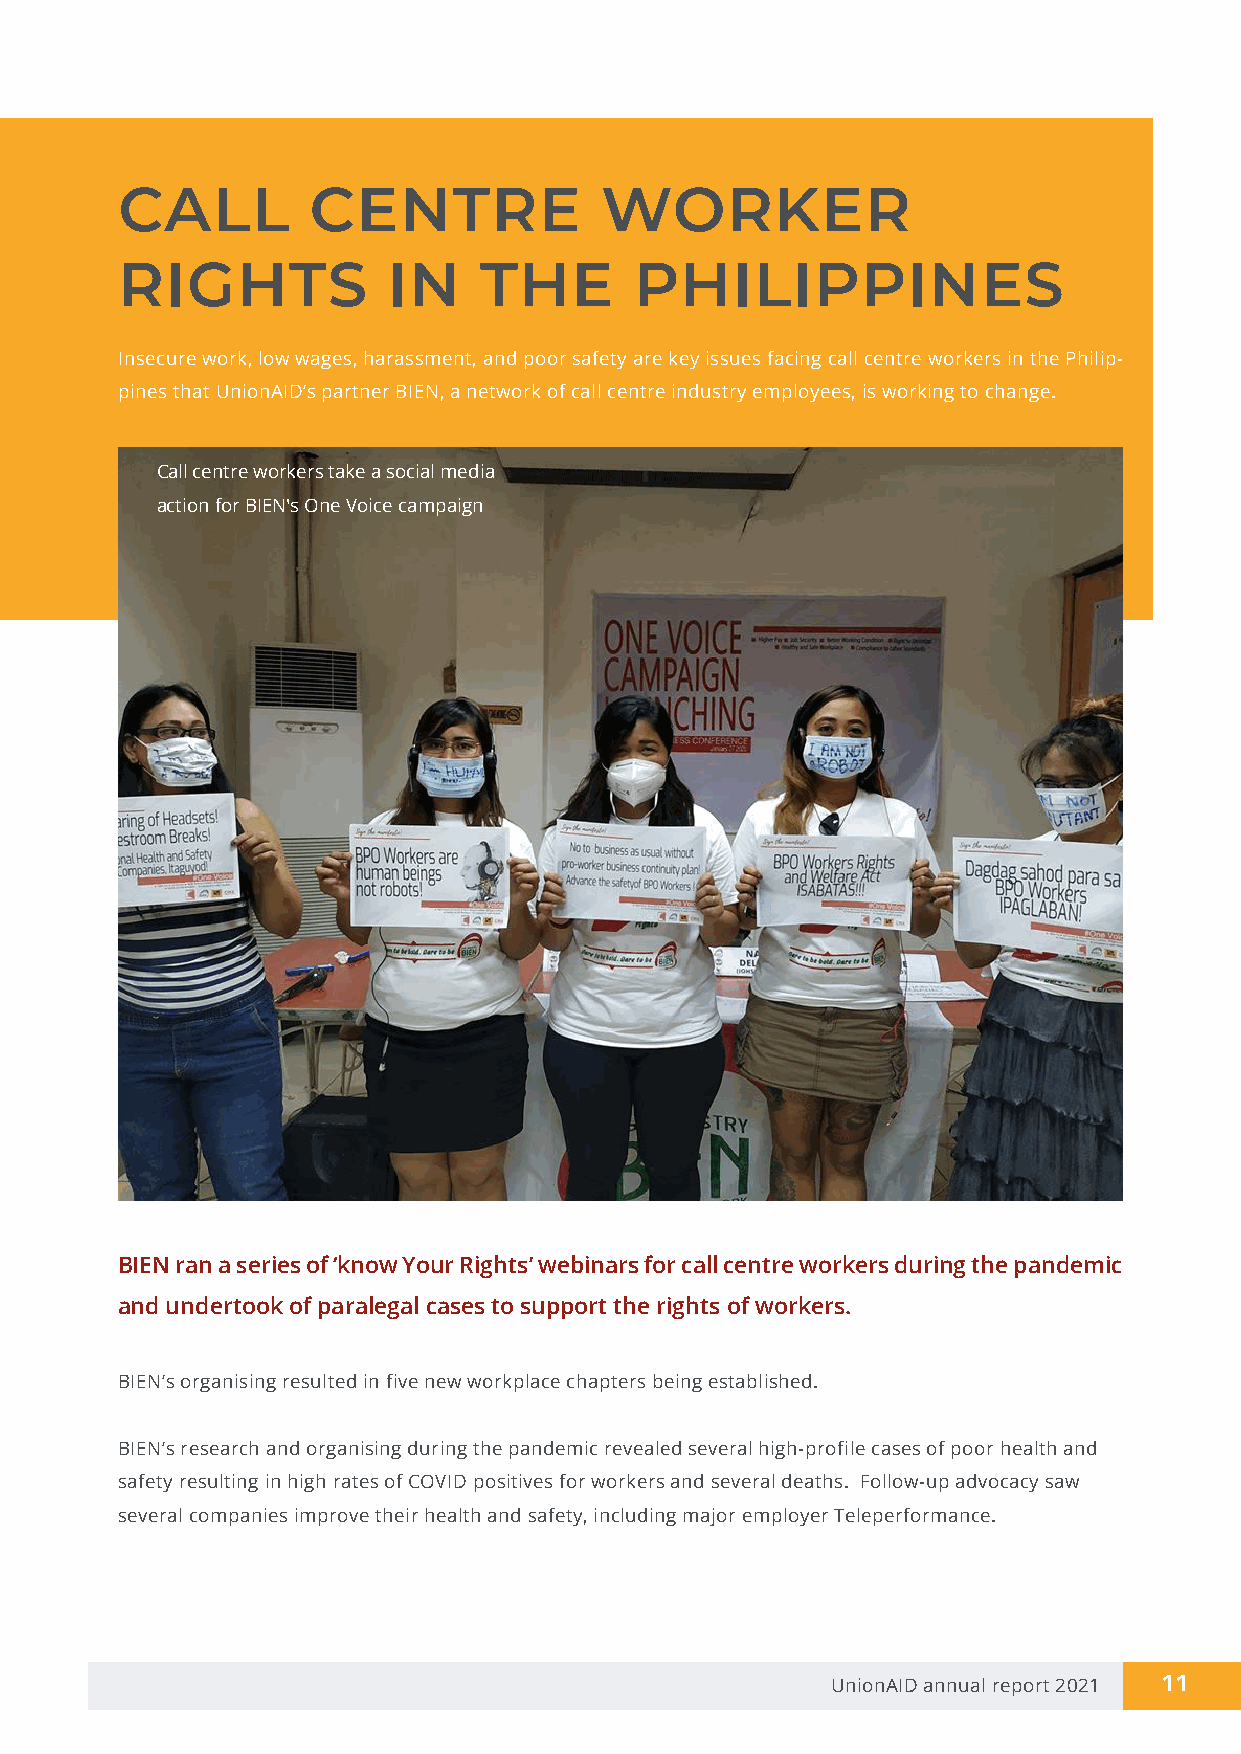
CALL        CENTRE              WORKER
 RIGHTS            IN    THE       PHILIPPINES
 Insecure work, low wages, harassment, and poor safety are key issues facing call centre workers in the Philip-
 pines that UnionAID’s partner BIEN, a network of call centre industry employees, is working to change.
 Call centre workers take a social media
 action for BIEN's One Voice campaign
 BIEN ran a series of ‘know Your Rights’ webinars for call centre workers during the pandemic
 and undertook of paralegal cases to support the rights of workers.
 BIEN’s organising resulted in five new workplace chapters being established.
 BIEN’s research and organising during the pandemic revealed several high-profile cases of poor health and
 safety resulting in high rates of COVID positives for workers and several deaths. Follow-up advocacy saw
 several companies improve their health and safety, including major employer Teleperformance.
 UnionAID annual report 2021 11
 Call centre workers take a social media action for BIEN’s One Voice cam-